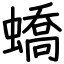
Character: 蟜